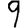
Digit: 9